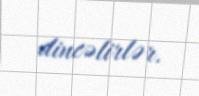
dincəlirlər.